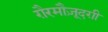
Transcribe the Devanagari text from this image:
ग़ैरमौज़ूदग़ी